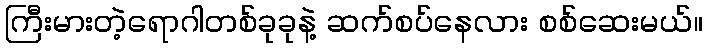
ကြီးမားတဲ့ရောဂါတစ်ခုခုနဲ့ ဆက်စပ်နေလား စစ်ဆေးမယ်။